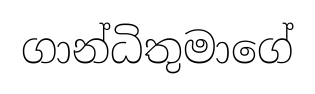
ගාන්ධිතුමාගේ